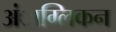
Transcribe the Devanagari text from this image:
अंाग्लिकन